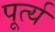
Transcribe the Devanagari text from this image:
पूर्त्य